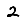
Digit: 2